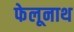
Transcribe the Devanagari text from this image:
फेलूनाथ